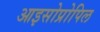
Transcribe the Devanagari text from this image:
आइसोप्रोपिल